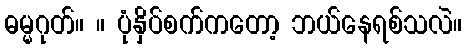
ဓမ္မဂုတ်။ ။ ပုံနှိပ်စက်ကတော့ ဘယ်နေရစ်သလဲ။